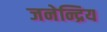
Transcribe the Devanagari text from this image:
जनेन्द्रिय